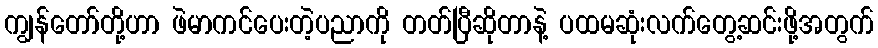
ကျွန်တော်တို့ဟာ ဖဲမာကင်ပေးတဲ့ပညာကို တတ်ပြီဆိုတာနဲ့ ပထမဆုံးလက်တွေ့ဆင်းဖို့အတွက်